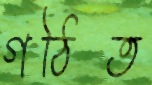
গঠিত